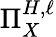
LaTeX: \Pi_{X}^{H,\ell}